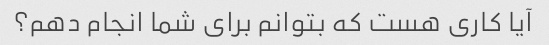
آیا کاری هست که بتوانم برای شما انجام دهم؟